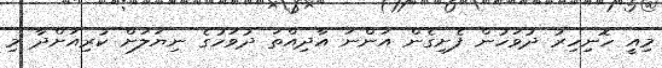
މިއީ ހޮނިހިރު ދުވަހުން ފެށިގެން އަންނަ އާދިއްތަ ދުވަހުގެ ނިޔަލަށް ކުރިއަށްދާ މި